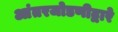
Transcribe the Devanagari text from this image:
आंतरजोडणीद्वारे